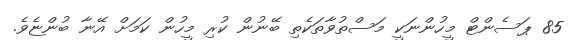
85 ޕަސެންޓް މީހުންނަކީ މަސްތުވާތަކެތި ބޭނުން ކުރި މީހުން ކަމަށް އޭނާ ބުންޏެވެ.